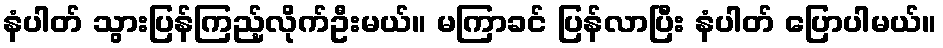
နံပါတ် သွားပြန်ကြည့်လိုက်ဦးမယ်။ မကြာခင် ပြန်လာပြီး နံပါတ် ပြောပါမယ်။